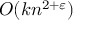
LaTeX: O ( k n ^ { 2 + \varepsilon } )